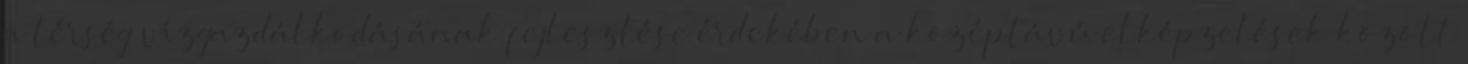
a térség vízgazdálkodásának fejlesztése érdekében a középtávú elképzelések között